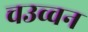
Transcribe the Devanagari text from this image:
चउव्वन